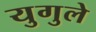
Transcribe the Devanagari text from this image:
युगुले